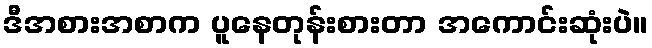
ဒီအစားအစာက ပူနေတုန်းစားတာ အကောင်းဆုံးပဲ။